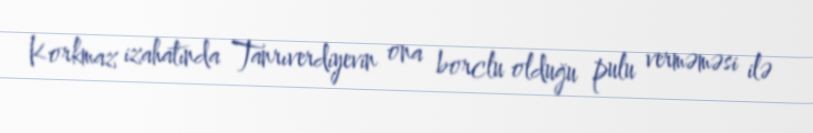
Korkmaz izahatında Tanrıverdiyevin ona borclu olduğu pulu verməməsi ilə